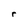
Character: r